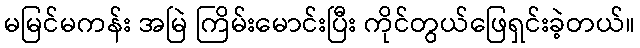
မမြင်မကန်း အမြဲ ကြိမ်းမောင်းပြီး ကိုင်တွယ်ဖြေရှင်းခဲ့တယ်။